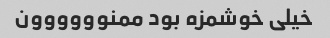
خیلی خوشمزه بود ممنوووووون